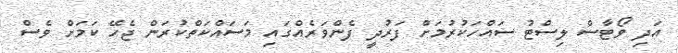
އަދި ވޯޓާސް ލިސްޓު ސައްހަކުރުމަށް ފަރުދީ ފެންވަރެއްގައި މަސައްކަތްކުރަން ޖެހޭ ކަމަށް ވެސް